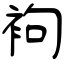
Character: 袧